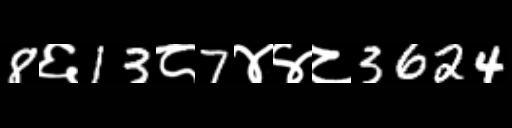
Text: 8६13८7४४८3624